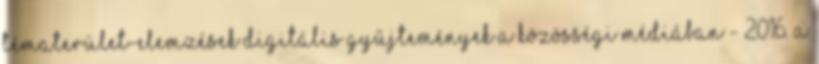
Tématerület-elemzések Digitális gyűjtemények a közösségi médiában - 2016. A